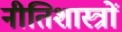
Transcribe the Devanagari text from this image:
नीतिशास्त्रों